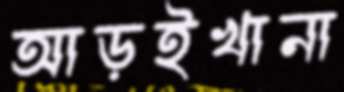
আড়ইখানা